Report on vaccination in Madras 1904-1921 - 1904-1921
Year: 1904
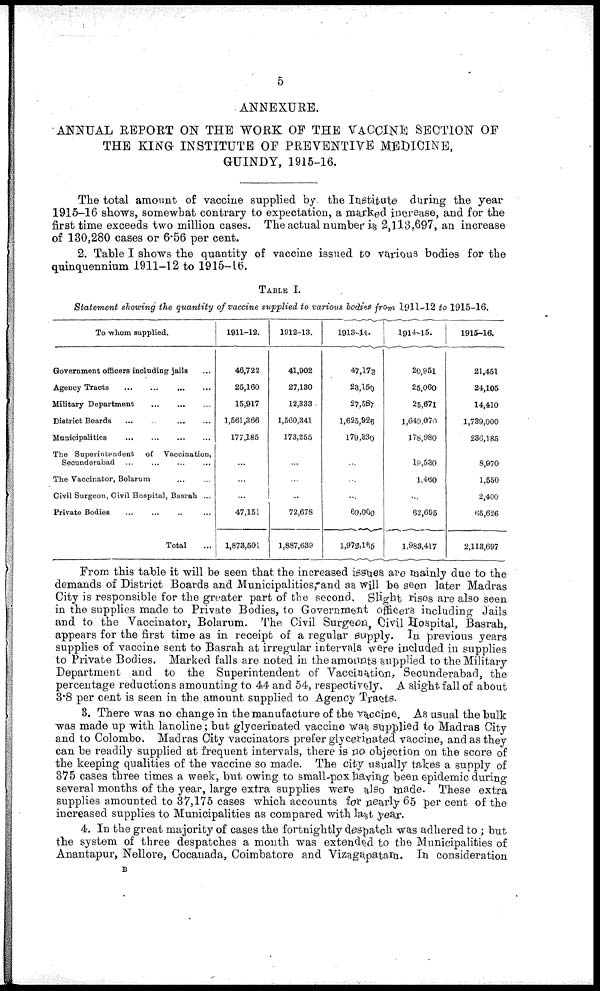
5
ANNEXURE.
ANNUAL REPORT ON THE WORK OF THE VACCINE SECTION OF
THE KING INSTITUTE OF PREVENTIVE MEDICINE,
GUINDY, 1915-16.
The total amount of vaccine supplied by. the Institute during the year
1915-16 shows, somewhat contrary to expectation, a marked increase, and for the
first time exceeds two million cases. The actual number is 2,113,697, an increase
of 130,280 cases or 6.56 per cent.
2. Table I shows the quantity of vaccine issued to various bodies for the
quinquennium 1911-12 to 1915-16.
TABLE I.
Statement showing the quantity of vaccine supplied to various bodies from 1911-12 to 1915-16.
To -whom supplied.
Government officers including jails ...
Agency Tracts
...
...
...
...
Military Department
...
...
...
District Boards
...
...
...
...
Municipalities
...
...
...
...
The Superintendent
of Vaccination,
Seounderabad ... ... ... ...
The Vaccinator, Bolarum ... ...
Civil Surgeon, Civil Hospital, Basrah ...
Private Bodies ... ... ... ...
Total ...
1911-12.
46,722
25,160
15,917
1,561,366
177,185
...
...
...
47,151
1,878,501
1912-13.
41,902
27,130
12,333
1,560,341
173,255
...
...
...
72,678
1,887,639
1913-14.
47,172
23,150
27,587
1,625,926
179,830
...
...
...
69,000
1,972,165
1914-15.
20,951
25,060
25,671
1,649,070
178,980
19,530
1,460
...
62,695
1,983,417
1915-16.
21,451
24,105
14,410
1,739,000
236,185
8,970
1,550
2,400
65,626
2,113,697
From this table it will be seen that the increased issues are mainly due to the
demands of District Boards and Municipalities, and as will be seen later Madras
City is responsible for the greater part of the second. Slight rises are also seen
in the supplies made to Private Bodies, to Government officers including Jails
and to the Vaccinator, Bolarum. The Civil Surgeon, Civil Hospital, Basrah,
appears for the first time as in receipt of a regular supply. In previous years
supplies of vaccine sent to Basrah at irregular intervals were included in supplies
to Private Bodies. Marked falls are noted in the amounts supplied to the Military
Department and to the Superintendent of Vaccination, Secunderabad, the
percentage reductions amounting to 44 and 54, respectively. A slight fall of about
3.8 per cent is seen in the amount supplied to Agency Tracts.
3. There was no change in the manufacture of the vaccine. As usual the bulk
was made up with lanoline; but glycerinated vaccine was supplied to Madras City
and to Colombo. Madras City vaccinators prefer glycerinated vaccine, and as they
can be readily supplied at frequent intervals, there is no objection on the score of
the keeping qualities of the vaccine so made. The city usually takes a supply of
375 cases three times a week, but owing to small-pox having been epidemic during
several months of the year, large extra supplies were also made. These extra
supplies amounted to 37,175 cases which accounts for nearly 65 per cent of the
increased supplies to Municipalities as compared with last year.
4. In the great majority of cases the fortnightly despatch was adhered to ; but
the system of three despatches a month was extended to the Municipalities of
Anantapur, Nellore, Cocanada, Coimbatore and Vizagapatam. In consideration
B